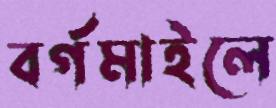
বর্গমাইলে